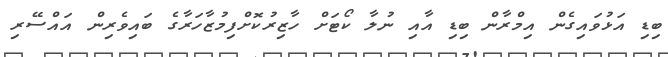
ބިޑި އަޅުވައިގެން އިމްރާން ބިޑި އާއި ނުލާ ކޯޓަށް ހާޒިރުކޮށްފިމުޒާހަރާގެ ބައިވެރިން އައްސޭރި